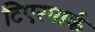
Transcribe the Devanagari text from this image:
टिएरपार्क